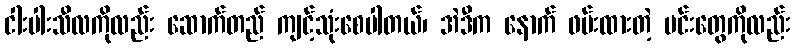
ငါးပါးသီလကိုလည်း ဆောက်တည် ကျင့်သုံးစေပါတယ်၊ အဲဒီက နောက် ဖမ်းထားတဲ့ မင်းတွေကိုလည်း